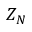
Z _ { N }